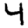
Digit: 4